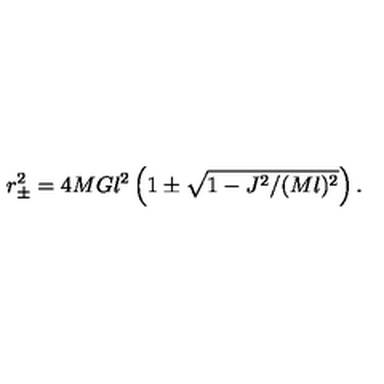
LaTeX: r _ { \pm } ^ { 2 } = 4 M G l ^ { 2 } \left( 1 \pm \sqrt { 1 - J ^ { 2 } / ( M l ) ^ { 2 } } \right) .